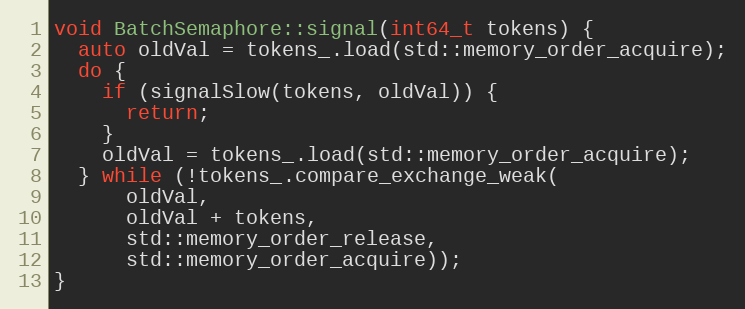
Language: C++
void BatchSemaphore::signal(int64_t tokens) {
  auto oldVal = tokens_.load(std::memory_order_acquire);
  do {
    if (signalSlow(tokens, oldVal)) {
      return;
    }
    oldVal = tokens_.load(std::memory_order_acquire);
  } while (!tokens_.compare_exchange_weak(
      oldVal,
      oldVal + tokens,
      std::memory_order_release,
      std::memory_order_acquire));
}